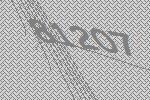
81207